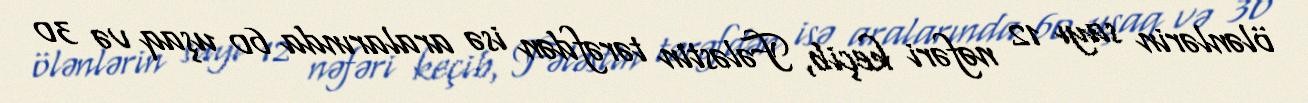
ölənlərin sayı 12 nəfəri keçib, Fələstin tərəfdən isə aralarında 60 uşaq və 30